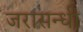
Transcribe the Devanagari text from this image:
जरासन्धी